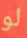
لو